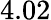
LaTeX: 4.02